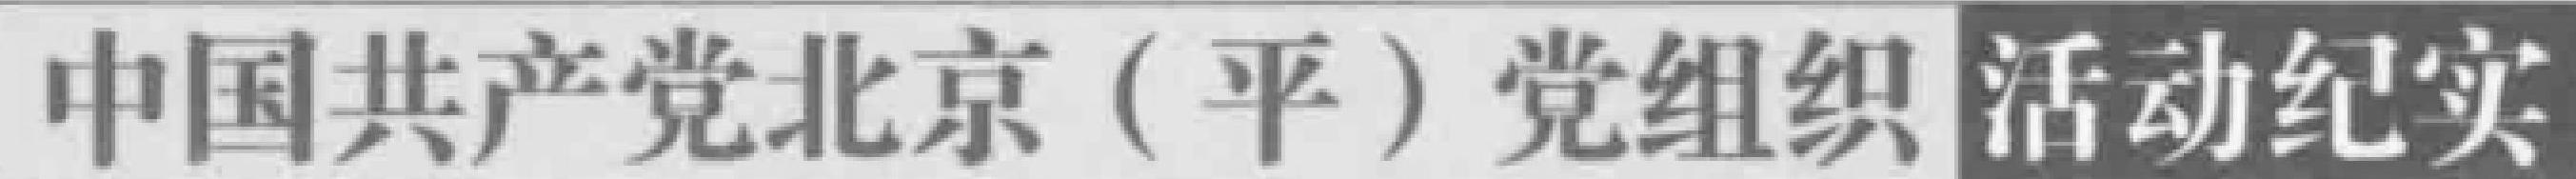
中国共产党北京（平）党组织活动纪实